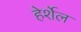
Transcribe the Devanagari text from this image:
हेर्शेल